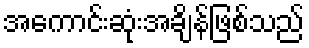
အကောင်းဆုံးအချိန်ဖြစ်သည်